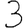
Digit: 3